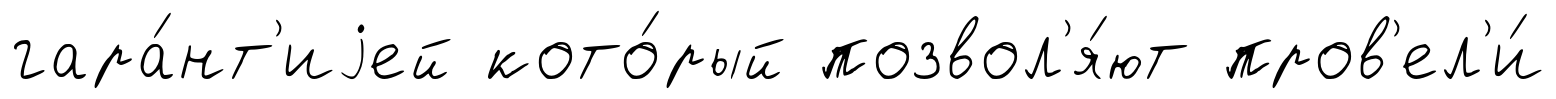
гара́нт'иjей кото́рый позвол'я́ют пров'ел'и́